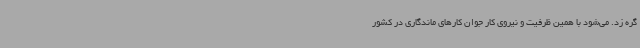
گره زد. می‌شود با همین ظرفیت و نیروی کار جوان کارهای ماندگاری در کشور